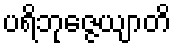
ပရိဘုဇ္ဇေယျာတိ